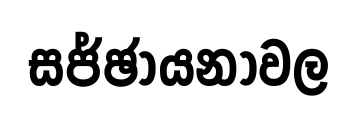
සජ්ඡායනාවල